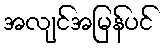
အလျင်အမြန်ပင်